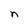
Character: n